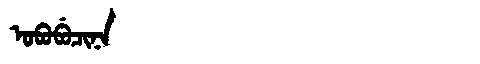
Manchu: ᠣᠪᠣᠪᡠᠴᡳᠨᠠ
Romanization: OBOBUCINA